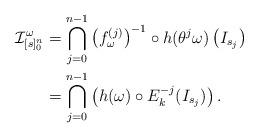
LaTeX: \begin{align*}\mathcal I ^\omega _{[s]_0^n} &= \bigcap ^{n-1} _{j=0} \left(f^{(j)} _\omega \right)^{-1} \circ h (\theta ^j \omega)\left( I _{s_j}\right) \\&= \bigcap ^{n-1} _{j=0} \left(h ( \omega) \circ E_k^{-j} ( I _{s_j})\right).\end{align*}